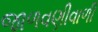
જાળવણીવાળી